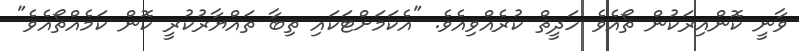
ވާނީ ކޮންއިރަކުން ތޯއެވެ ހަދީޘް ކުރެއްވިއެވެ. "އެކަމަށްޓަކައި ތިބާ ތައްޔާރުކުރީ ކޮން ކަމެއްތޯއެވެ"